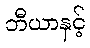
ဘီယာနှင့်